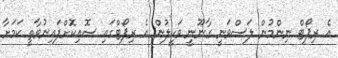
އެ ރިޕޯޓް ނިންމުން ލަސްވަނީ ގާނޫނީ ވަކީލުން އެ ރިޕޯޓްގައި ސޮއިކޮށްފައިނުވާތީ ކަމަށާ